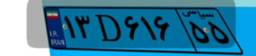
۰۸D۱۱۱۱۴